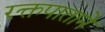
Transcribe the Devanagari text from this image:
रक्तपाताने